Rangoon Lunatic Asylum 1898-1906 - 1898-1906
Year: 1898
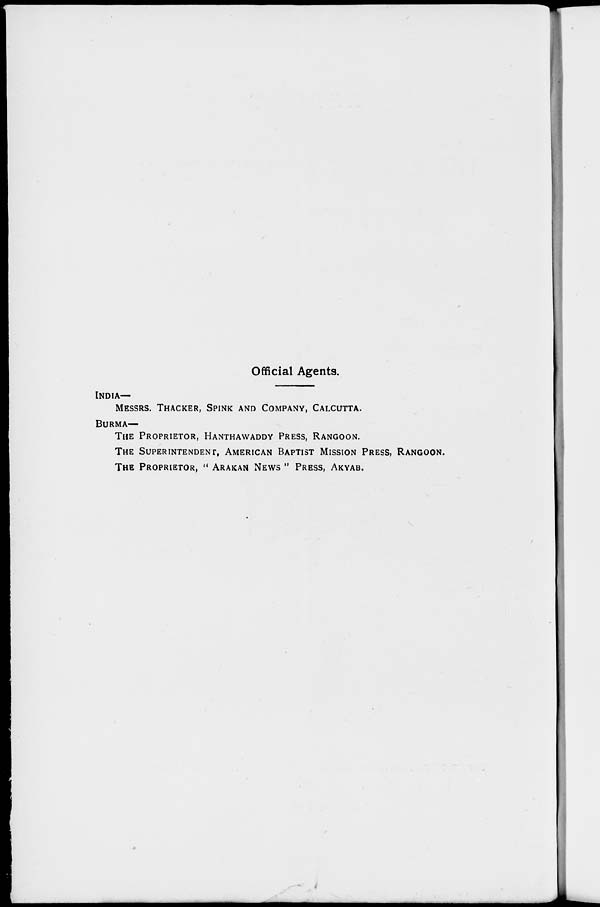
Official Agents.
INDIA—
MESSRS. THACKER, SPINK AND COMPANY, CALCUTTA.
BURMA—
THE PROPRIETOR, HANTHAWADDY PRESS, RANGOON.
THE SUPERINTENDENT, AMERICAN BAPTIST MISSION PRESS, RANGOON.
THE PROPRIETOR, " ARAKAN NEWS " PRESS, AKYAB.